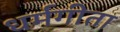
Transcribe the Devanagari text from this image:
धर्मगीता